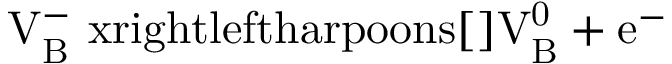
\mathrm { V _ { B } ^ { - } \ x r i g h t l e f t h a r p o o n s [ ] { } V _ { B } ^ { 0 } + e ^ { - } }